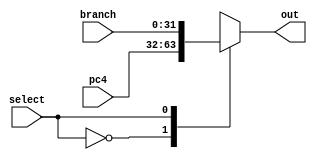
module Mux32bits(select, pc4 , branch, out);
input select; 
input [31:0] pc4, branch; 
output reg [31:0] out; 

always@(select, pc4 , branch) 
begin 
  case(select) 
      1'b0: 
        out <= pc4; 
      1'b1: 
        out <= branch; 
  endcase 
end 
endmodule